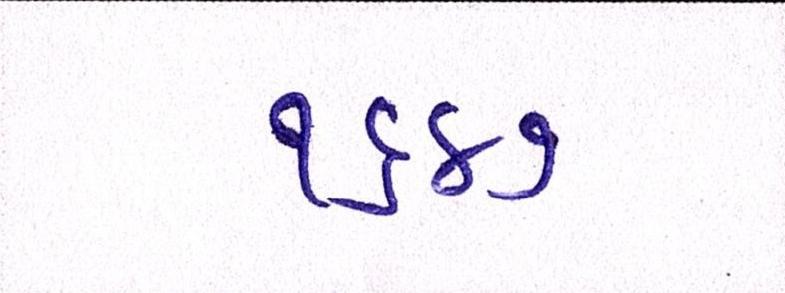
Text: ૧૬૪૭